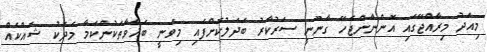
މިއަދު މިރާއްޖޭގައި އޮންނާންޖެހޭ ގާނޫނީ ސަރުކާރު ބަދަލުކޮށްފައި މިވަނީ ބަޣާވާތަކުންކަމާ މެދަކު ޝައްކެއް